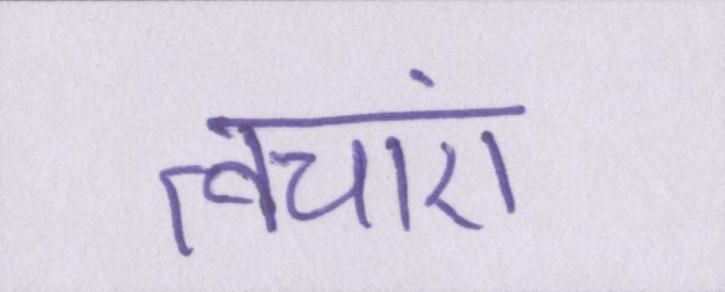
त्वचाएं